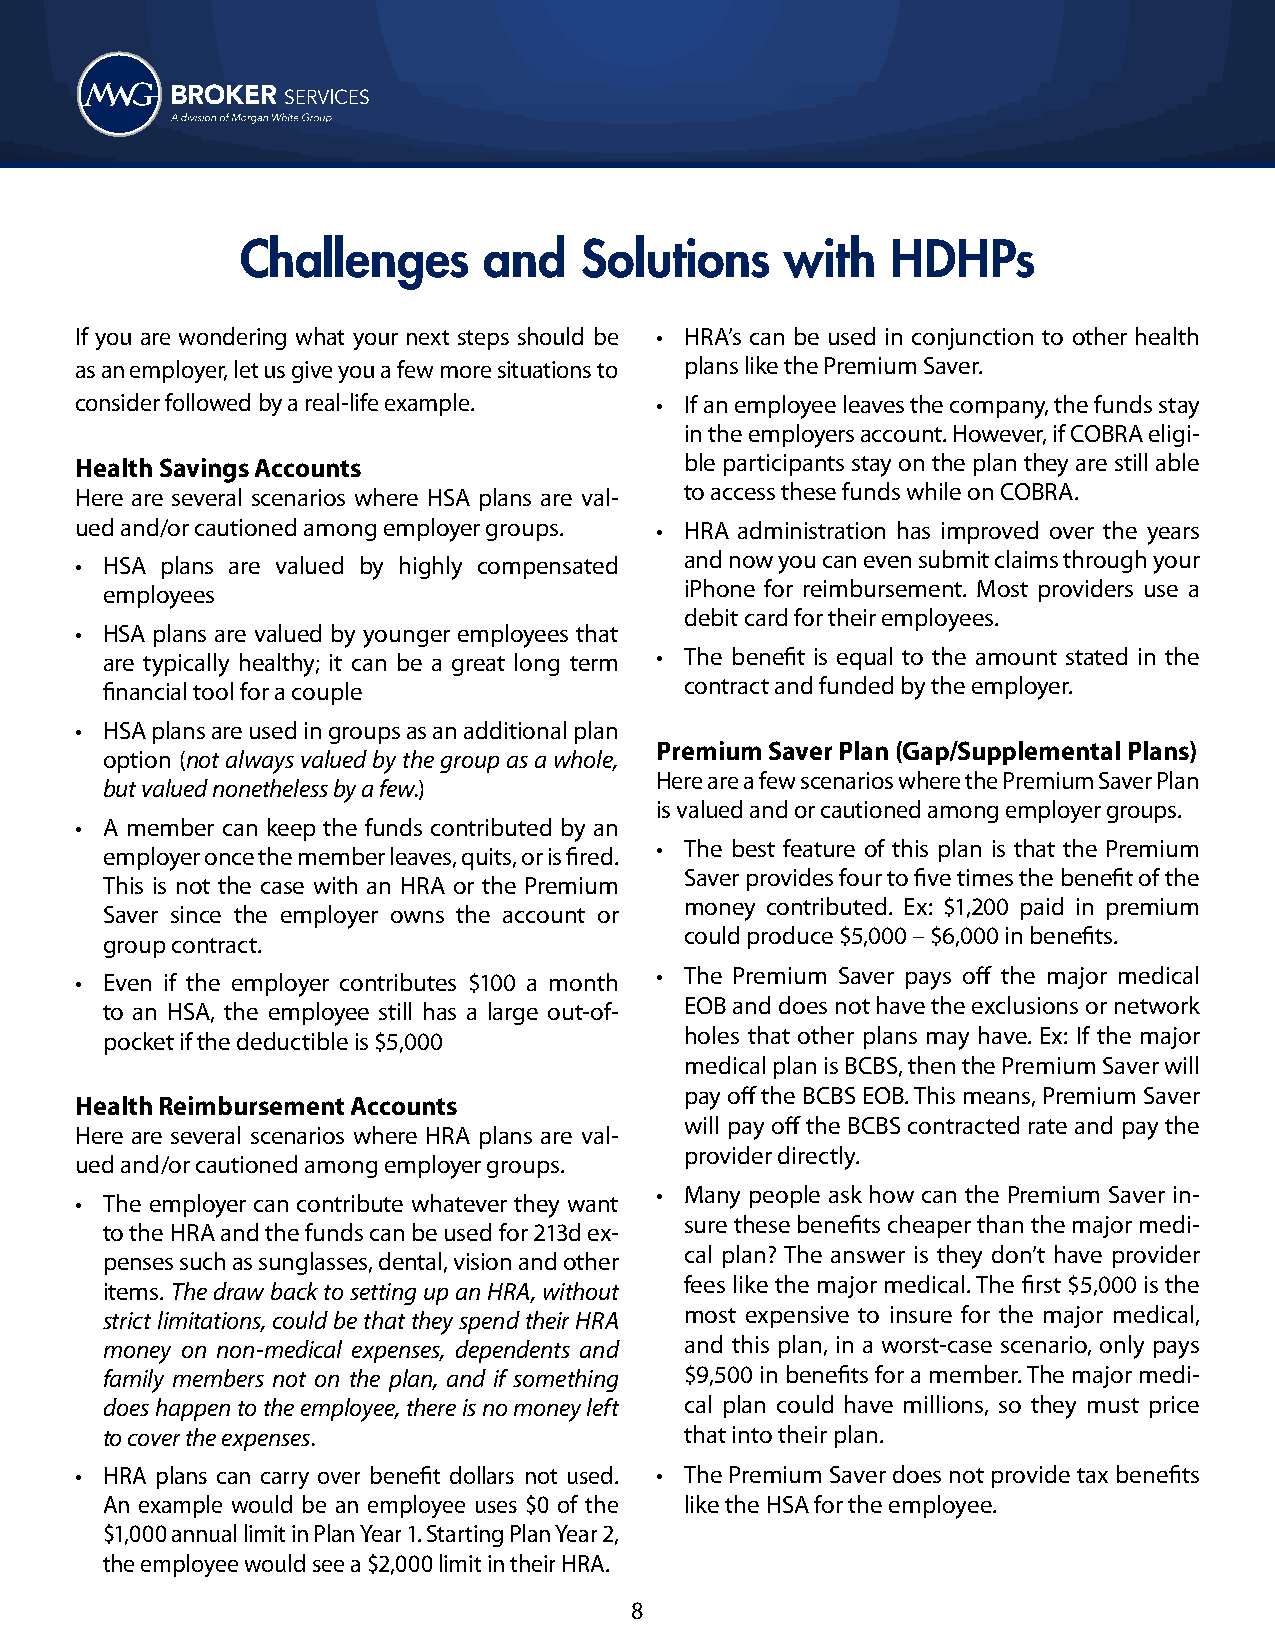
Challenges      and   Solutions     with   HDHPs
 If you are wondering what your next steps should be • HRA’s can be used in conjunction to other health
 as an employer, let us give you a few more situations to plans like the Premium Saver.
 consider followed by a real-life example. • If an employee leaves the company, the funds stay
 in the employers account. However, if COBRA eligi-
 Health Savings Accounts                 ble participants stay on the plan they are still able
 Here are several scenarios where HSA plans are val- to access these funds while on COBRA.
 ued and/or cautioned among employer groups. • HRA administration has improved over the years
 • HSA plans are valued by highly compensated and now you can even submit claims through your
 employees                             iPhone for reimbursement. Most providers use a
 debit card for their employees.
 • HSA plans are valued by younger employees that
 are typically healthy; it can be a great long term • The benefit is equal to the amount stated in the
 financial tool for a couple           contract and funded by the employer.
 • HSA plans are used in groups as an additional plan
 Premium Saver Plan (Gap/Supplemental Plans)
 option (not always valued by the group as a whole,
 Here are a few scenarios where the Premium Saver Plan
 but valued nonetheless by a few.)
 is valued and or cautioned among employer groups.
 • A member can keep the funds contributed by an
 • The best feature of this plan is that the Premium
 employer once the member leaves, quits, or is fired.
 Saver provides four to five times the benefit of the
 This is not the case with an HRA or the Premium
 money contributed. Ex: $1,200 paid in premium
 Saver since the employer owns the account or
 could produce $5,000 – $6,000 in benefits.
 group contract.
 • The Premium Saver pays off the major medical
 • Even if the employer contributes $100 a month
 EOB and does not have the exclusions or network
 to an HSA, the employee still has a large out-of-
 pocket if the deductible is $5,000    holes that other plans may have. Ex: If the major
 medical plan is BCBS, then the Premium Saver will
 pay off the BCBS EOB. This means, Premium Saver
 Health Reimbursement Accounts
 will pay off the BCBS contracted rate and pay the
 Here are several scenarios where HRA plans are val-
 provider directly.
 ued and /or cautioned among employer groups.
 • Many people ask how can the Premium Saver in-
 • The employer can contribute whatever they want
 sure these benefits cheaper than the major medi-
 to the HRA and the funds can be used for 213d ex-
 cal plan? The answer is they don’t have provider
 penses such as sunglasses, dental, vision and other
 fees like the major medical. The first $5,000 is the
 items. The draw back to setting up an HRA, without
 strict limitations, could be that they spend their HRA most expensive to insure for the major medical,
 money on non-medical expenses, dependents and and this plan, in a worst-case scenario, only pays
 family members not on the plan, and if something $9,500 in benefits for a member. The major medi-
 does happen to the employee, there is no money left cal plan could have millions, so they must price
 to cover the expenses.                that into their plan.
 • HRA plans can carry over benefit dollars not used. • The Premium Saver does not provide tax benefits
 An example would be an employee uses $0 of the like the HSA for the employee.
 $1,000 annual limit in Plan Year 1. Starting Plan Year 2,
 the employee would see a $2,000 limit in their HRA.
 8